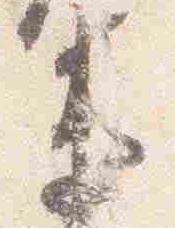
衛